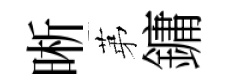
晰苐鏞